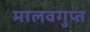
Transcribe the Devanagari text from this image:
मालवगुप्त